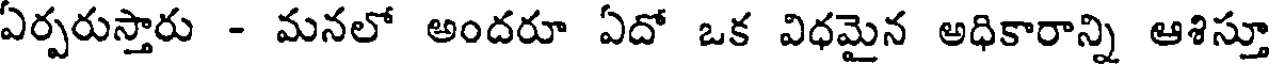
ఏర్పరుస్తారు - మనలో అందరూ ఏదో ఒక విధమైన అధికారాన్ని ఆశిస్తూ